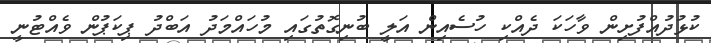
ކުޅުދުއްފުށިން ވާހަކަ ދެއްކި ހުސެއިން އަލީ ބުނިގޮތުގައި މުހައްމަދު އަބްދު ޕިކަޕުން ވެއްޓުނީ